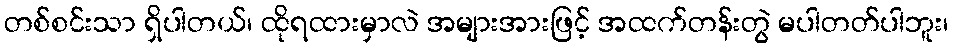
တစ်စင်းသာ ရှိပါတယ်၊ ထိုရထားမှာလဲ အများအားဖြင့် အထက်တန်းတွဲ မပါတတ်ပါဘူး၊